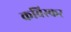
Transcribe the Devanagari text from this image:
कविस्कर